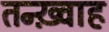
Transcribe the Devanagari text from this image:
तन्ख़्वाह